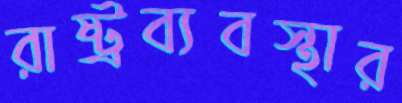
রাষ্ট্রব্যবস্থার